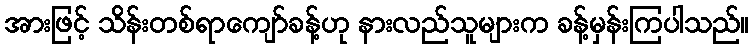
အားဖြင့် သိန်းတစ်ရာကျော်ခန့်ဟု နားလည်သူများက ခန့်မှန်းကြပါသည်။